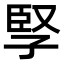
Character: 孯